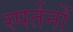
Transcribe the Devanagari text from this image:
स्पर्तनों